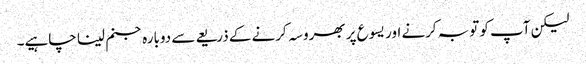
لیکن آپ کو توبہ کرنے اور یسوع پر بھروسہ کرنے کے ذریعے سے دوبارہ جنم لینا چاہیے۔